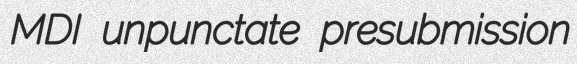
MDI unpunctate presubmission